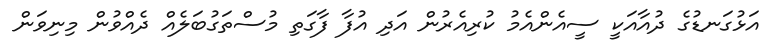
އަޅުގަނޑުގެ ދުއާއަކީ ސީއެންއެމު ކުރިއެރުން އަދި އުފާ ފާގަތި މުސްތަގުބަލެއް ދެއްވުން މިނިވަން